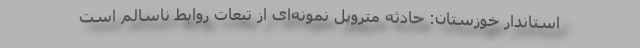
استاندار خوزستان: حادثه متروپل نمونه‌ای از تبعات روابط ناسالم است